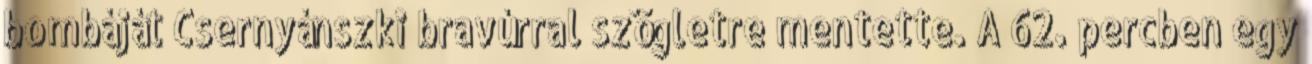
bombáját Csernyánszki bravúrral szögletre mentette. A 62. percben egy